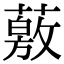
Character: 薂